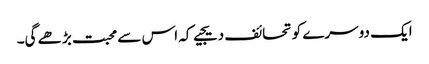
ایک دوسرے کو تحائف دیجیے کہ اس سے محبت بڑھے گی۔